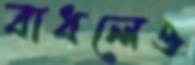
বাধলেও